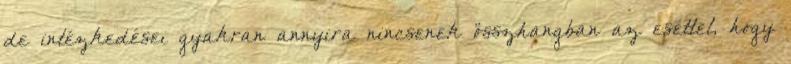
de intézkedései gyakran annyira nincsenek összhangban az esettel, hogy